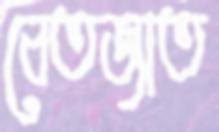
বেতজাত